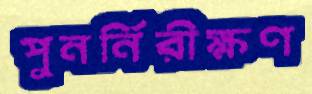
পুনর্নিরীক্ষণ